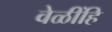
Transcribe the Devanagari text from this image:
वेळींहि